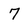
Character: 7